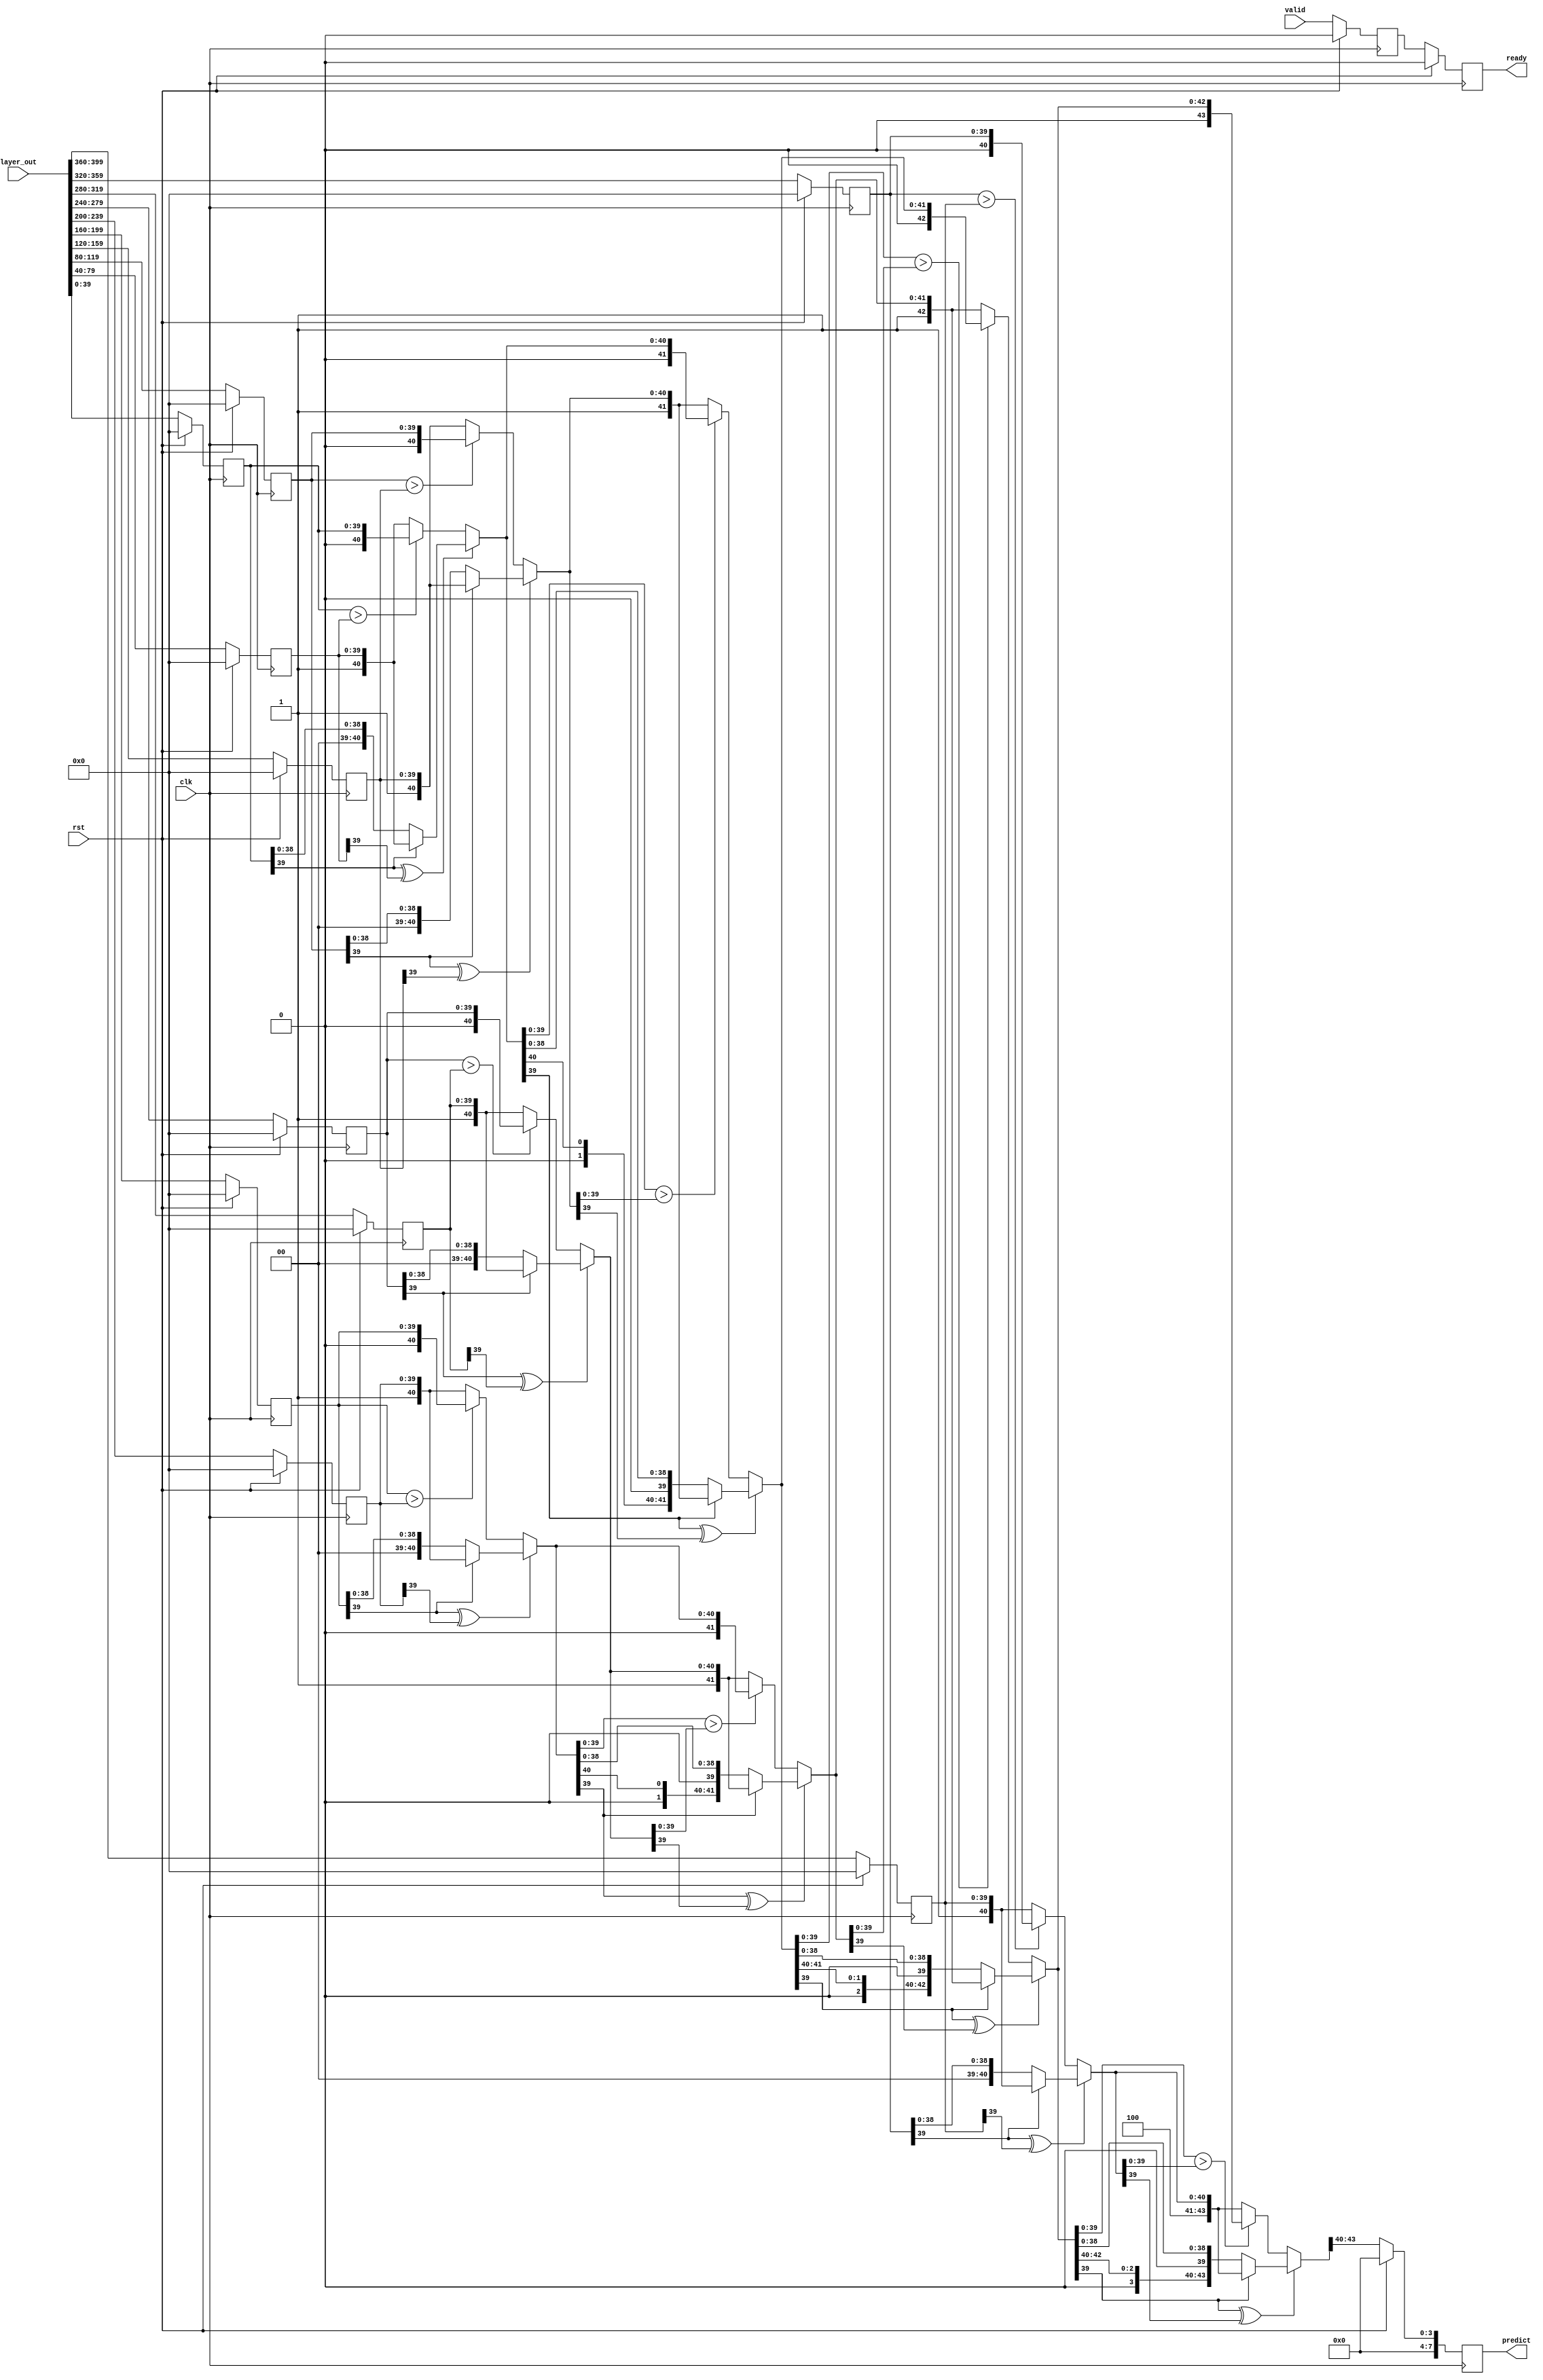
module comparator
(
input [40*10-1:0] layer_out,
input rst,
input clk,
input valid,
output  reg ready,
output reg [7:0] predict
);
parameter DATA_WIDTH=40;
reg [DATA_WIDTH-1: 0] result [0:9];
wire [4+DATA_WIDTH-1:0] com_re01,com_re23,com_re45,com_re67,com_re89;
reg ready_temp;
always@(posedge clk)
    begin
        if(rst)
            begin
                ready<=1'b0;
                ready_temp<=1'b0;
            end
        else
            begin
                ready_temp<=valid;
                ready<=ready_temp;
            end
    end
 
assign com_re01=(result[0][DATA_WIDTH-1]^result[1][DATA_WIDTH-1]) ? 
                                                        ((result[0][DATA_WIDTH-1]==1'b0)   ?   {4'd0,result[0]}:{4'd1,result[1]}):
                                                        ((result[0]>result[1]) ? {4'd0,result[0]}:{4'd1,result[1]});
assign com_re23=(result[2][DATA_WIDTH-1]^result[3][DATA_WIDTH-1]) ? 
                                                        ((result[2][DATA_WIDTH-1]==1'b0)   ?   {4'd2,result[2]}:{4'd3,result[3]}):
                                                        ((result[2]>result[3]) ? {4'd2,result[2]}:{4'd3,result[3]});
assign com_re45=(result[4][DATA_WIDTH-1]^result[5][DATA_WIDTH-1]) ? 
                                                        ((result[4][DATA_WIDTH-1]==1'b0)   ?   {4'd4,result[4]}:{4'd5,result[5]}):
                                                        ((result[4]>result[5]) ? {4'd4,result[4]}:{4'd5,result[5]});

assign com_re67=(result[6][DATA_WIDTH-1]^result[7][DATA_WIDTH-1]) ? 
                                                        ((result[6][DATA_WIDTH-1]==1'b0)   ?   {4'd6,result[6]}:{4'd7,result[7]}):
                                                        ((result[6]>result[7]) ? {4'd6,result[6]}:{4'd7,result[7]});
assign com_re89=(result[8][DATA_WIDTH-1]^result[9][DATA_WIDTH-1]) ? 
                                                        ((result[8][DATA_WIDTH-1]==1'b0)   ?   {4'd8,result[8]}:{4'd9,result[9]}):
                                                        ((result[8]>result[9]) ? {4'd8,result[8]}:{4'd9,result[9]});
wire [4+DATA_WIDTH-1:0] com_re01_23,com_re45_67,com_re0123_4567,com_re01234567_89;
assign com_re01_23=(com_re01[DATA_WIDTH-1]^com_re23[DATA_WIDTH-1])   ?
                                                        ((com_re01[DATA_WIDTH-1]==1'b0)  ?   com_re01:com_re23):
                                                        ((com_re01[DATA_WIDTH-1:0]>com_re23[DATA_WIDTH-1:0]) ?   com_re01:com_re23);
assign com_re45_67=(com_re45[DATA_WIDTH-1]^com_re67[DATA_WIDTH-1])   ?
                                                        ((com_re45[DATA_WIDTH-1]==1'b0)  ?   com_re45:com_re67):
                                                        ((com_re45[DATA_WIDTH-1:0]>com_re67[DATA_WIDTH-1:0]) ?   com_re45:com_re67);
assign com_re0123_4567=(com_re01_23[DATA_WIDTH-1]^com_re45_67[DATA_WIDTH-1])   ?
                                                        ((com_re01_23[DATA_WIDTH-1]==1'b0)  ?   com_re01_23:com_re45_67):
                                                        ((com_re01_23[DATA_WIDTH-1:0]>com_re45_67[DATA_WIDTH-1:0]) ?   com_re01_23:com_re45_67);
assign com_re01234567_89=(com_re0123_4567[DATA_WIDTH-1]^com_re89[DATA_WIDTH-1])   ?
                                                        ((com_re0123_4567[DATA_WIDTH-1]==1'b0)  ?   com_re0123_4567:com_re89):
                                                        ((com_re0123_4567[DATA_WIDTH-1:0]>com_re89[DATA_WIDTH-1:0]) ?   com_re0123_4567:com_re89);
integer i;
always@(posedge clk )
begin
    if(rst)
            begin
                for(i=0;i<10;i=i+1)
                    begin
                        result[i]<={40'b0};
                    end
                predict<=0;
            end
    else
    begin 
        predict <={4'b0,com_re01234567_89[4+DATA_WIDTH-1:4+DATA_WIDTH-1-3]};
       result[0]<=layer_out[39:0];
       result[1]<=layer_out[79:40];
       result[2]<=layer_out[119:80];
       result[3]<=layer_out[159:120];
       result[4]<=layer_out[199:160];
       result[5]<=layer_out[239:200];
       result[6]<=layer_out[279:240];
       result[7]<=layer_out[319:280];
       result[8]<=layer_out[359:320];
       result[9]<=layer_out[399:360];
    end
end
endmodule